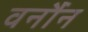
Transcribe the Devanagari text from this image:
वर्नौन